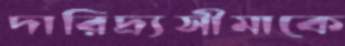
দারিদ্র্যসীমাকে